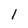
Character: 1